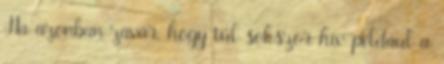
Ha azonban zavar, hogy túl sokszor hív például a